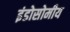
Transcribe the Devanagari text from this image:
इंडोसोमीय